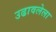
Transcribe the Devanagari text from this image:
उढावलेला